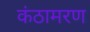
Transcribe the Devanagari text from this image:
कंठामरण